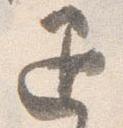
退